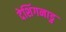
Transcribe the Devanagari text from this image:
देशिंगनाडु